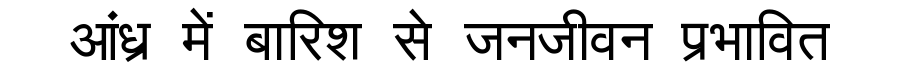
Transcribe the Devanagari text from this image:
आंध्र में बारिश से जनजीवन प्रभावित